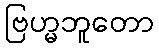
ဗြဟ္မဘူတော